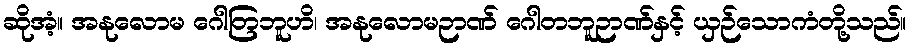
ဆိုအံ့။ အနုလောမ ဂေါတြဘူဟိ၊ အနုလောမဉာဏ် ဂေါတဘူဉာဏ်နှင့် ယှဉ်သောကံတို့သည်။